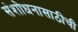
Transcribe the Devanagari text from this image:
संशोधनासाठीची